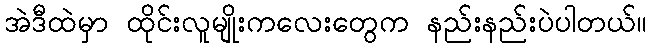
အဲဒီထဲမှာ ထိုင်းလူမျိုးကလေးတွေက နည်းနည်းပဲပါတယ်။